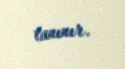
tanınır.